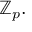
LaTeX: \mathbb { Z } _ { p } .